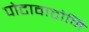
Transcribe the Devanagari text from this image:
पोटावाटोमि